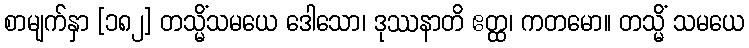
စာမျက်နှာ [၁၈၂] တသ္မိံသမယေ ဒေါသော၊ ဒုဿနာတိ ဧတ္ထ၊ ကတမော။ တသ္မိံ သမယေ